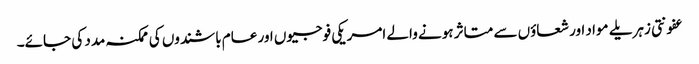
عفونتی زہریلے مواد اور شعاؤں سے متاثر ہونے والے امریکی فوجیوں اور عام باشندوں کی ممکنہ مدد کی جائے۔